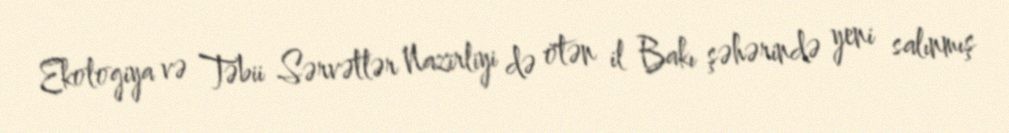
Ekologiya və Təbii Sərvətlər Nazirliyi də ötən il Bakı şəhərində yeni salınmış